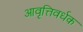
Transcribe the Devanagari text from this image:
आवृत्तिवर्धक